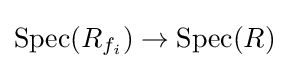
{\text{Spec}}(R_{f_{i}})\to {\text{Spec}}(R)